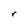
Character: r